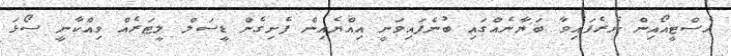
އެސްޓީއޯއިން ނެރެފައިވާ ބަޔާނެއްގައި ބުނެފައިވަނީ އިއްޔެއިން ފެށިގެން ޑީސަލް ލީޓަރެއް ވިއްކާނީ ސޯޅަ